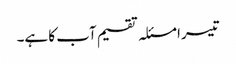
تیسرا مسئلہ تقسیم آب کا ہے۔